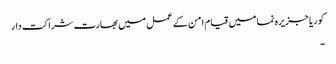
کوریا جزیرہ نما میں قیام امن کے عمل میں بھارت شراکت دار
۔